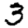
Digit: 3